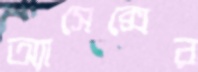
অ্যাসেক্সের